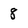
Character: 8